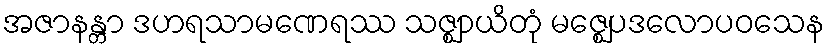
အဇာနန္တာ ဒဟရသာမဏေရဿ သဇ္ဈာယိတုံ မဇ္ဈေပဒလောပဝသေန